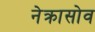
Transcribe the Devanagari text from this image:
नेक्रासोव